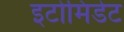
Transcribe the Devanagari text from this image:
इटोमिडेट